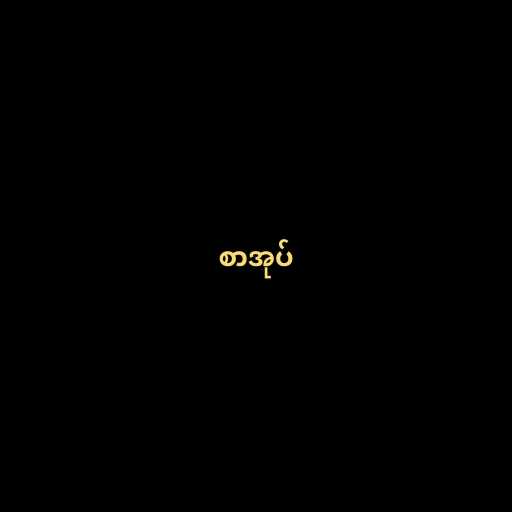
စာအုပ်